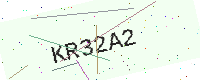
Text: KR32A2